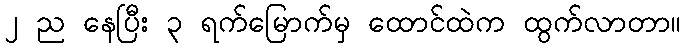
၂ ည နေပြီး ၃ ရက်မြောက်မှ ထောင်ထဲက ထွက်လာတာ။